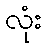
လုံး